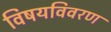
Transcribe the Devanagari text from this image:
विषयविवरण